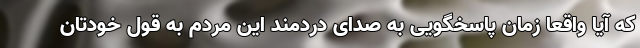
که آیا واقعا زمان پاسخگویی به صدای دردمند این مردمِ به قول خودتان